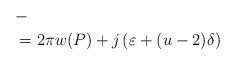
LaTeX: \begin{align*}&- \\&\phantom{} =2\pi w(P)+j \left( \varepsilon+(u-2)\delta\right)\end{align*}